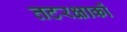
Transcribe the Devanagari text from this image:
तटरक्षाकों